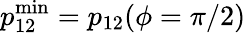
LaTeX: p_{12}^{\mathrm{min}}=p_{12}(\phi=\pi/2)